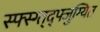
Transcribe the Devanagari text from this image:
स्फ्स्ग्त्द्फ्जुग्यित